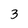
Character: 3